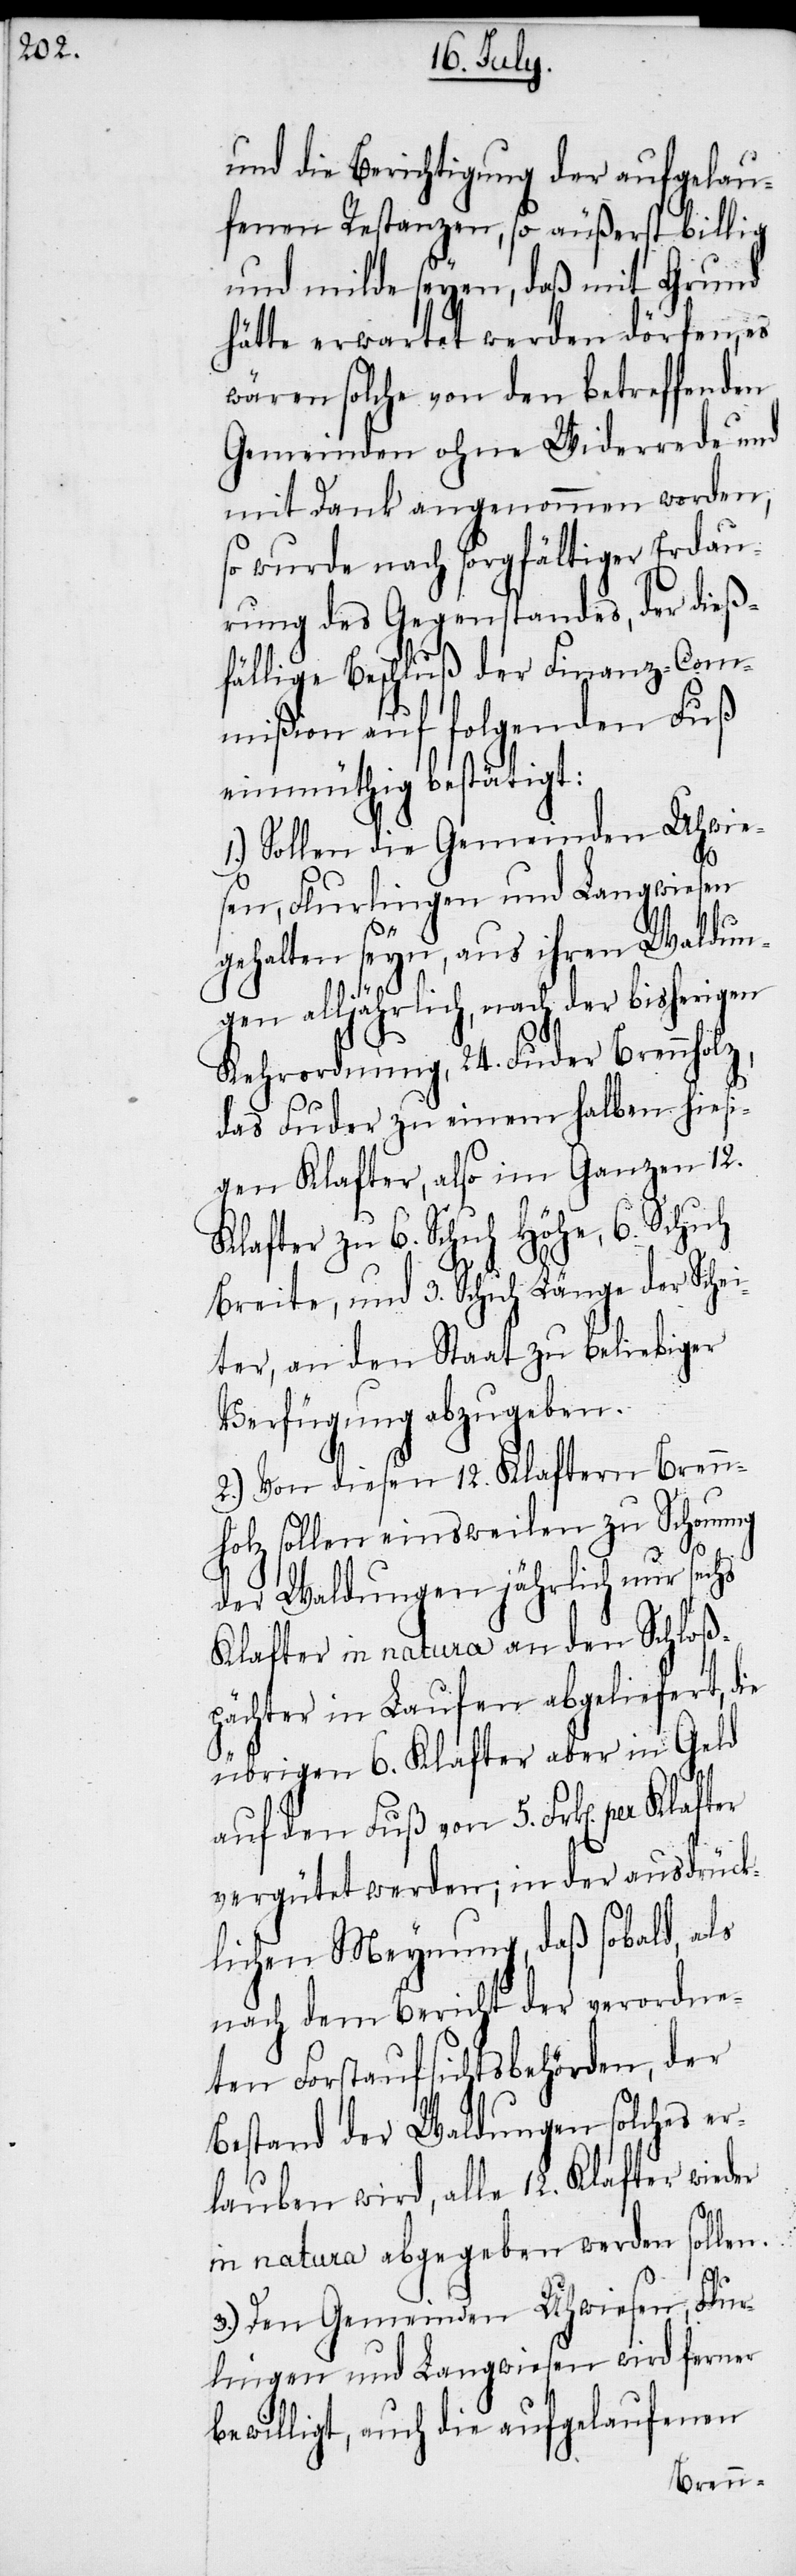
und die Berichtigung der aufgelau¬
fenen Restanzen, so äußerst billig
und milde seyen, daß mit Grund
ferner
hätte erwartet werden
nden
wären solche von den be¬
rede und
Gemeinden ohne W¬
mit Dank angenommen worden,
so wurde nach sorgfältiger Erdau¬
wird
rung des Gegenstand¬
z-Com¬
fällige Beschluß der Fi¬
mißion auf folgen¬
einmüthig bestätigt:
Flur¬
1.) Sollen die Gemei¬
en, Flurlingen und Langwiesen
gehalten seyn, aus ihren Waldun¬
gen alljährlich, nach der bisherigen
Kehrordnung, 24. Fuder Brennholz,
das Fuder zu einem halben hiesi¬
gen Klafter, also im Ganzen 12.
Klafter zu 6. Schuh Höh¬
er Sche¬
Breite, und 3. Schuh Länge
wieder
iter, an den Staat zu
Verfügung abzugeben.
2.) Von diesen 12. Klaftern Bren¬
fgelaufe¬
nholz sollen einsweilen
der Waldungen jährlich nur sechs
Klafter in natura an den Schloß¬
pächter in Laufen abgeliefert, die
übrigen 6. Klafter aber in Geld
auf den Fuß von 5. Frk[en]. per
vergütet werden; in der ausdrück¬
lichen Meynung, daß sobald,
nach dem Bericht der ver¬
ten Forstaufsichtsbeh¬
Bestand der Waldungen
lauben wird, alle 12. Klaft¬
d¬
in natura abgegeben we¬
3.) Den Gemeinden Uhwiesen,
lingen und Langwiesen
nen
bewilligt, auch die au¬